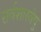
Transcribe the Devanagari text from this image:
सर्वशास्त्रेषु